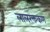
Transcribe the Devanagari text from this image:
लालरक्तकण